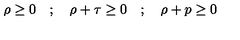
\rho \ge 0 \quad ; \quad \rho + \tau \ge 0 \quad ; \quad \rho + p \ge 0